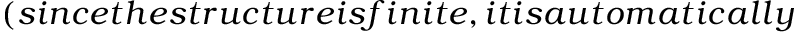
( s i n c e t h e s t r u c t u r e i s f i n i t e , i t i s a u t o m a t i c a l l y